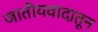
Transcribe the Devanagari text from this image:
जातीयवादातून